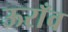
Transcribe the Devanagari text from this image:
ऊराँव